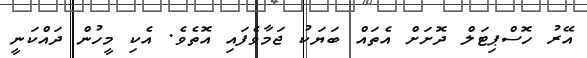
އޭރު ހޮސްޕިޓަލް ދޮށަށް އެތައް ބަޔަކު ޖަމާވެފައި އޮތެވެ. އެކި މީހުން ދައްކަނީ